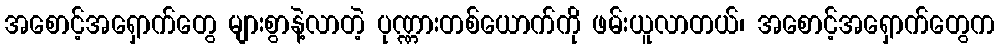
အစောင့်အရှောက်တွေ များစွာနဲ့လာတဲ့ ပုဏ္ဏားတစ်ယောက်ကို ဖမ်းယူလာတယ်၊ အစောင့်အရှောက်တွေက